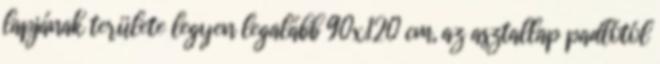
lapjának területe legyen legalább 90x120 cm, az asztallap padlótól